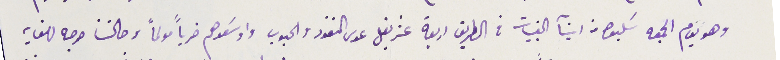
وهو يوم الجمعه سَلبوا من ابنآ القبيات فى الطريق اربعة عشر بغل عدى النقود والحبوب واوسَعوهم ضرباً مولماً وحالتنا حرجه للغاية